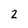
Character: 2